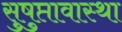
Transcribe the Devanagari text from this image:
सुषुप्तावास्था